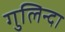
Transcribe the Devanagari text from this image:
गुलिन्दा